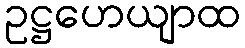
ဥဋ္ဌဟေယျာထ